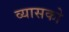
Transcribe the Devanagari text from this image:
व्यासको